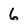
Character: 6